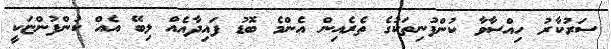
ސަރުކާރު ހިއްސާވާ ކުންފުނިތަކުގެ ތެރެއިން އެންމެ ބޮޑު ފައިދާއެއް ލިބޭ އެއް ކުންފުންޏަކީ